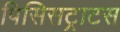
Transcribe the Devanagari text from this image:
पिसिसट्राटस